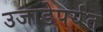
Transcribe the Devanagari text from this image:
उजाडेपर्यंत